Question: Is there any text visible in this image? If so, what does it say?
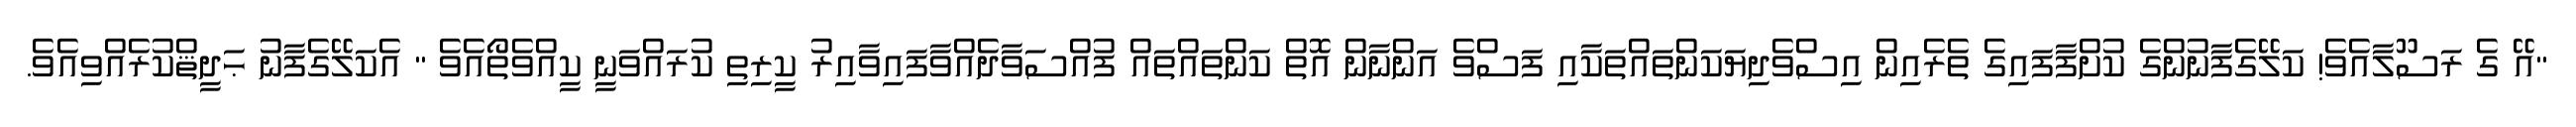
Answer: "އޭ ގެ ރަސޫލާއެވެ! ކަލޭގެފާނުންގެ ކުށްފާފައިގެ ތެރެއިން އިސްވެދިޔަކަންތައްތަކާއި ފަސްވެ އަންނާން އޮތް ކަންތައްތައް ފުއްސަވާދެއްވާފައިވާއިރު ކީރިތި ކުރައްވަނީ ކީއްވެތޯއެވެ " އެކަލޭގެފާނު ޙަދީޘްކުރެއްވިއެވެ.